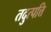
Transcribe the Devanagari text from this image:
तदुत्पत्ति